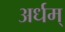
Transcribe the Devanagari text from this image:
अर्धम्